Insane asylums in Bengal annual reports 1876-1887 - 1876-1887
Year: 1876
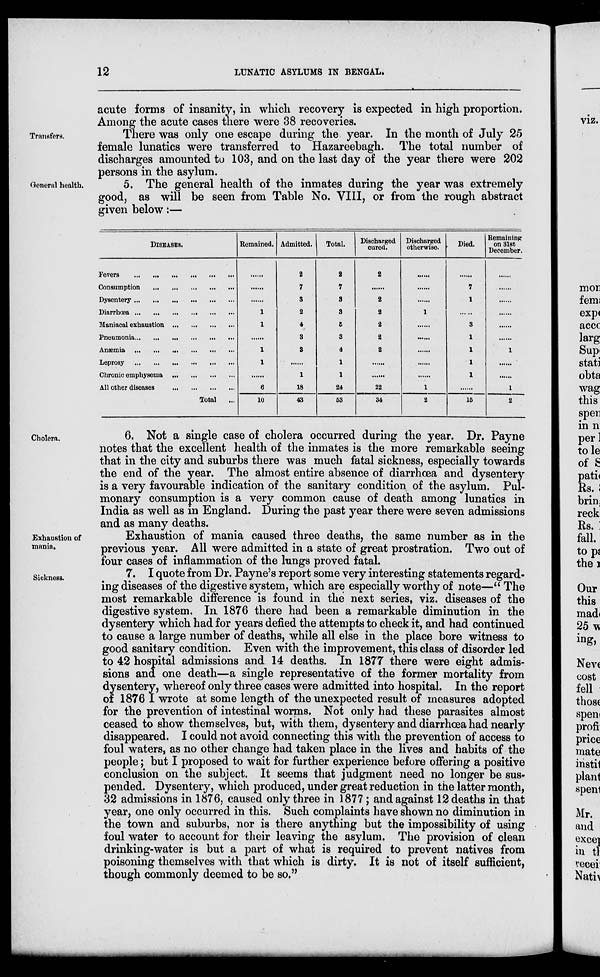
12
LUNATIC ASYLUMS IN BENGAL.
acute forms of insanity, in which recovery is expected in high proportion.
Among the acute cases there were 38 recoveries.
Transfers.
There was only one escape during the year. In the month of July 25
female lunatics were transferred to Hazareebagh. The total number of
discharges amounted to 103, and on the last day of the year there were 202
persons in the asylum.
General health.
5. The general health of the inmates during the year was extremely
good, as will be seen from Table No. VIII, or from the rough abstract
given below:—
DISEASES.
Fevers
...
...
...
...
...
...
Consumption ... ... ... ... ... ...
Dysentery
...
...
...
...
...
...
Diarrhœa
...
...
...
...
...
...
Maniacal exhaustion
...
...
...
...
Pneumonia ... ... ... ... ... ...
Anæmia
...
...
...
...
...
...
Leprosy
...
...
...
...
...
...
Chronic emphysema
...
...
...
...
All other diseases ...
...
...
...
Total ...
Remained.
......
......
......
1
1
......
1
1
......
6
10
Admitted.
2
7
3
2
4
3
3
......
1
18
43
Total.
2
7
3
3
5
3
4
1
1
24
53
Discharged
cured.
2
......
2
2
2
2
2
......
......
22
34
Discharged
otherwise.
......
......
......
1
......
......
......
......
......
1
2
Died.
......
7
1
.....
3
1
1
1
1
......
15
Remaining
on 31st
December.
......
......
......
......
......
......
1
......
......
1
2
Cholera.
6. Not a single case of cholera occurred during the year. Dr. Payne
notes that the excellent health of the inmates is the more remarkable seeing
that in the city and suburbs there was much fatal sickness, especially towards
the end of the year. The almost entire absence of diarrhœa and dysentery
is a very favourable indication of the sanitary condition of the asylum. Pul-
monary consumption is a very common cause of death among lunatics in
India as well as in England. During the past year there were seven admissions
and as many deaths.
Exhaustion of
mania.
Exhaustion of mania caused three deaths, the same number as in the
previous year. All were admitted in a state of great prostration. Two out of
four cases of inflammation of the lungs proved fatal.
Sickness.
7. I quote from Dr. Payne's report some very interesting statements regard-
ing diseases of the digestive system, which are especially worthy of note—"The
most remarkable difference is found in the next series, viz. diseases of the
digestive system. In 1876 there had been a remarkable diminution in the
dysentery which had for years defied the attempts to check it, and had continued
to cause a large number of deaths, while all else in the place bore witness to
good sanitary condition. Even with the improvement, this class of disorder led
to 42 hospital admissions and 14 deaths. In 1877 there were eight admis-
sions and one death—a single representative of the former mortality from
dysentery, whereof only three cases were admitted into hospital. In the report
of 1876 I wrote at some length of the unexpected result of measures adopted
for the prevention of intestinal worms. Not only had these parasites almost
ceased to show themselves, but, with them, dysentery and diarrhœa had nearly
disappeared. I could not avoid connecting this with the prevention of access to
foul waters, as no other change had taken place in the lives and habits of the
people; but I proposed to wait for further experience before offering a positive
conclusion on the subject. It seems that judgment need no longer be sus-
pended. Dysentery, which produced, under great reduction in the latter month,
32 admissions in 1876, caused only three in 1877; and against 12 deaths in that
year, one only occurred in this. Such complaints have shown no diminution in
the town and suburbs, nor is there anything but the impossibility of using
foul water to account for their leaving the asylum. The provision of clean
drinking-water is but a part of what is required to prevent natives from
poisoning themselves with that which is dirty. It is not of itself sufficient,
though commonly deemed to be so."